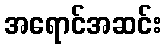
အရောင်အဆင်း